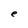
Character: e